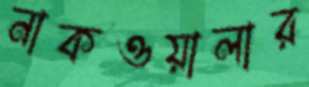
নাকওয়ালার